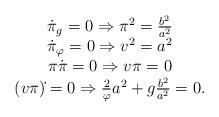
LaTeX: \begin{align*}\begin{array}{cc}\dot \pi_g = 0 \Rightarrow \pi^2 = \frac{b^2}{a^2} \\\dot \pi_\varphi = 0 \Rightarrow v^2 = a^2 \\\pi \dot \pi = 0 \Rightarrow v \pi = 0 \\(v \pi)\dot{} = 0 \Rightarrow \frac{2}{\varphi}a^2 + g \frac{b^2}{a^2}=0. \end{array}\end{align*}